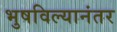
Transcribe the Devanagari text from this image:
भुषविल्यानंतर